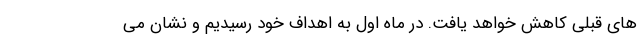
های قبلی کاهش خواهد یافت. در ماه اول به اهداف خود رسیدیم و نشان می